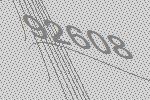
92608